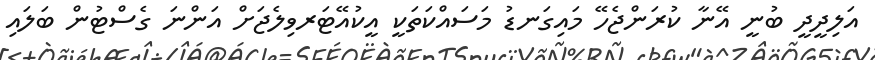
އަލިދީދީ ބުނީ އޭނާ ކުރަންޖެހޭ މައިގަނޑު މަސައްކަތަކީ އީކުއޭޓަރވިލެޖަށް އަންނަ ގެސްޓުން ބަލައި